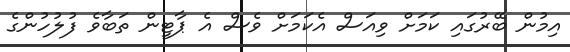
އިމުން ބޭރުގައި ކަމަށް ވިއަސް އެކަމަށް ވެސް އެ ޕާޓީން ތަބާވެ ފުލުހުންގެ